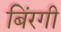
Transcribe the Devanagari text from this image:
बिंरगी